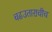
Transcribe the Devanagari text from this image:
चढउताराचीच